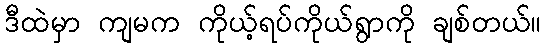
ဒီထဲမှာ ကျမက ကိုယ့်ရပ်ကိုယ်ရွာကို ချစ်တယ်။